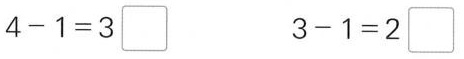
$$4 - 1 = 3 \Box$$ $$ 3 - 1 = 2 \Box$$